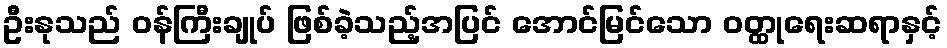
ဦးနုသည် ဝန်ကြီးချုပ် ဖြစ်ခဲ့သည့်အပြင် အောင်မြင်သော ဝတ္ထုရေးဆရာနှင့်